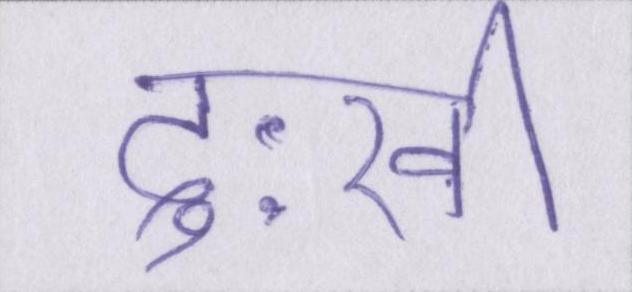
दुःखी